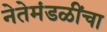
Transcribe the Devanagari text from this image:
नेतेमंडळींचा